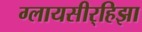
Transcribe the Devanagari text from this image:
ग्लायसीर्‍हिझा